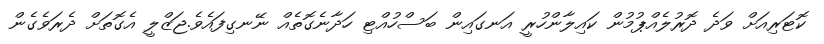
ކޮޓަރިއަށް ވަދެ ދޮރުލެއްޕުމުން ކައިލާންހުރީ އަނގައިން ބަސްހުއްޓި ހަދާނެގޮތެއް ނޭނގިފައެވެ.ޖަޒްލީ އެގޮތަށް ދެރަވެގެން